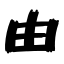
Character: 由